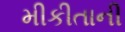
મીકીતાની